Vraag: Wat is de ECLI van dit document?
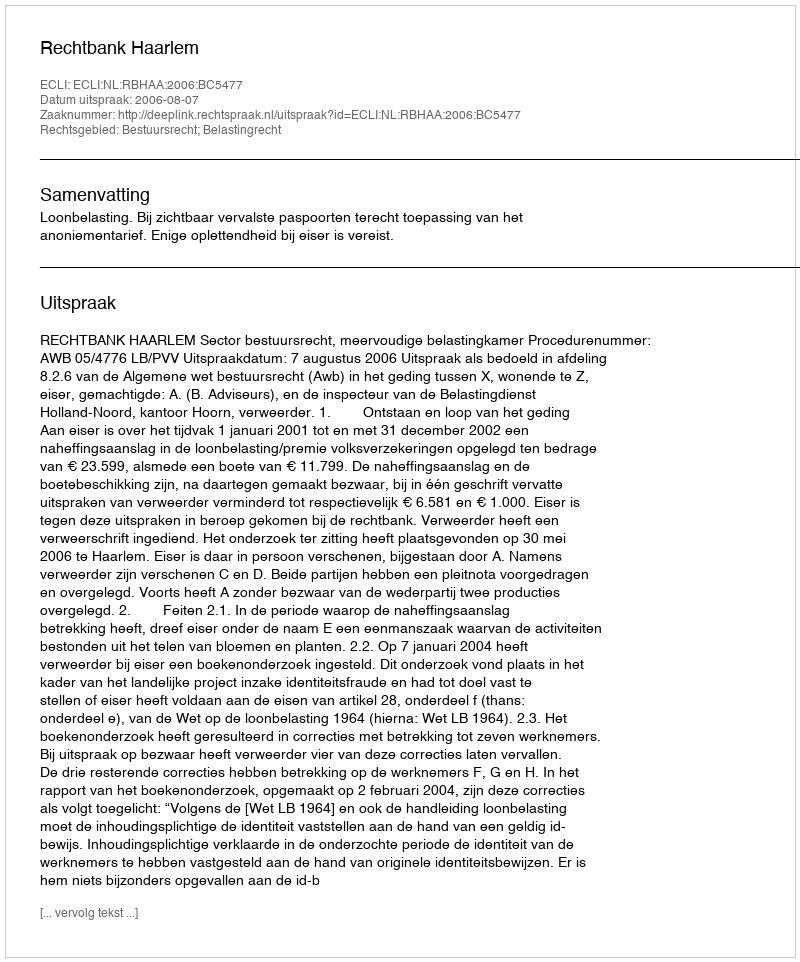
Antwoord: ECLI:NL:RBHAA:2006:BC5477